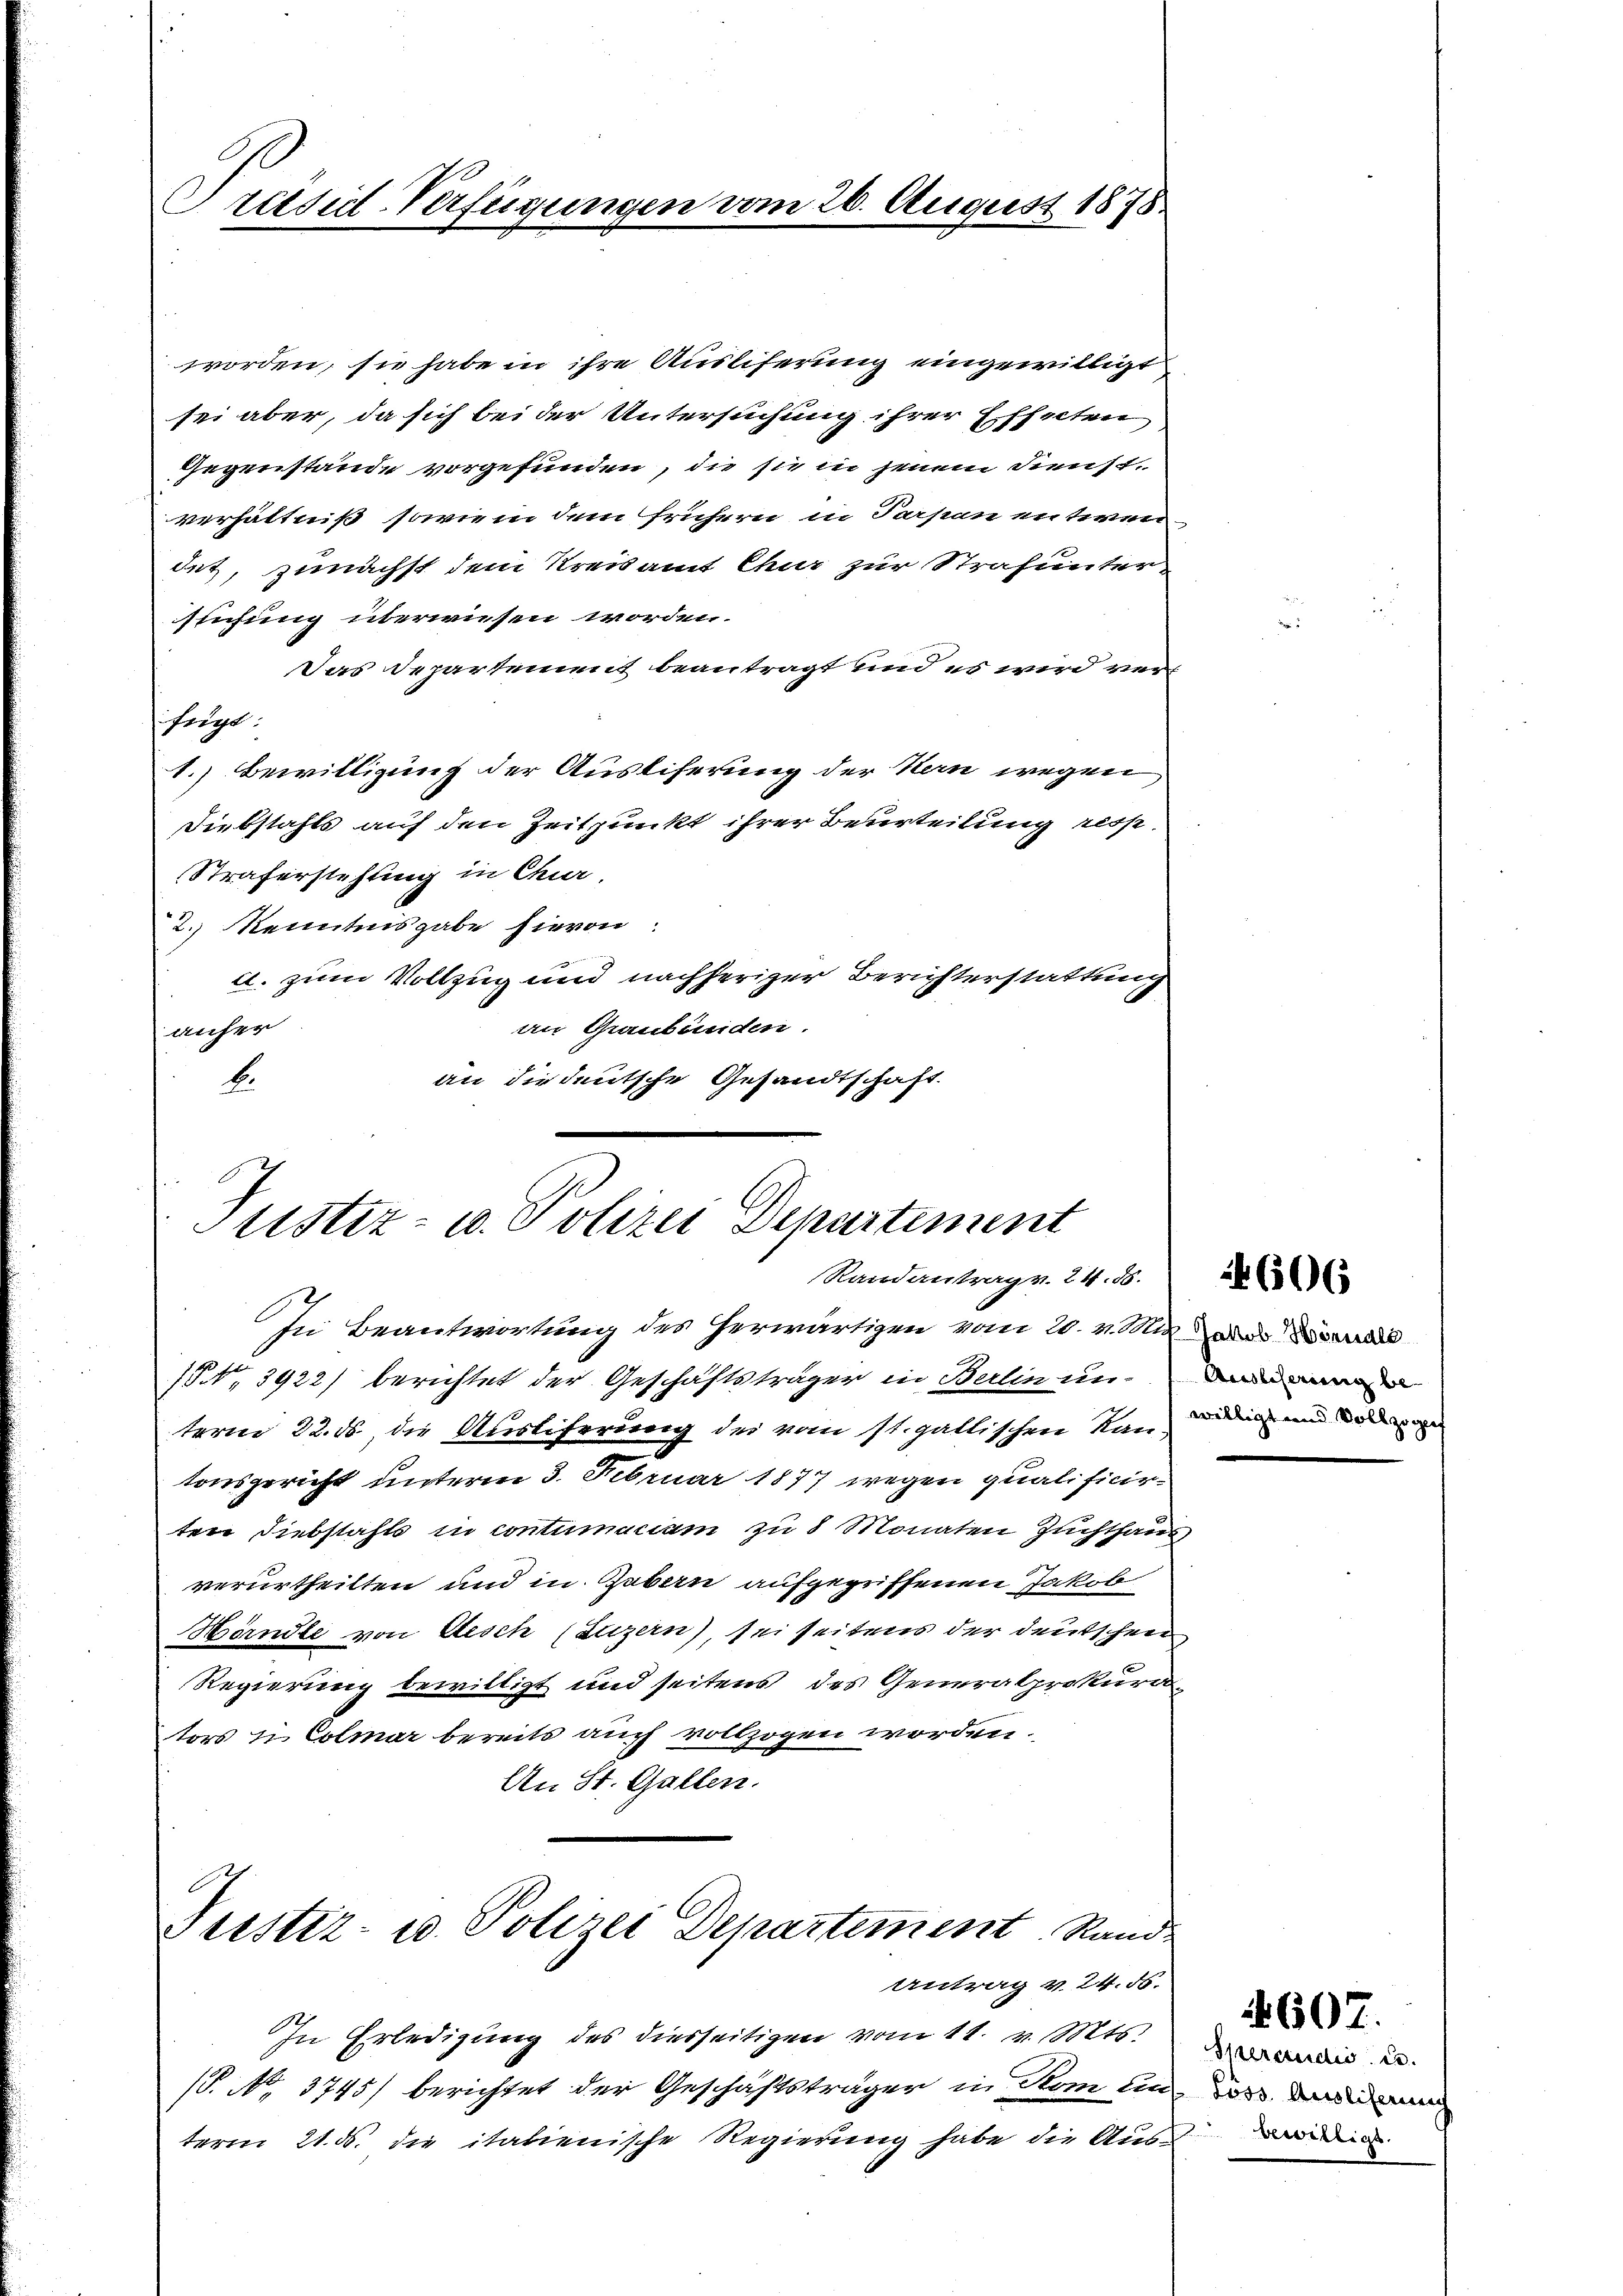
Präsid-Verfügungen vom 26. August 1878

worden, sie habe in ihre Auslieferung eingewilligt
sei aber, da sich bei der Untersuchung ihrer Effecten
Gegenstände vorgefunden, die sie in jenem Dienst,
verhältniß sowie in dem frühern in Parpan entwendet, zunächst dem Kreisamt Chur zur Strafunter
slichung überwiesen worden.
Das Departement beantragt und es wird verfügt:
1.) Bewilligung der Ausliferung der Kern wegen
Diebstahls auf den Zeitpunkt ihrer Beurteilung resp.
Straferstehung in Chur.
2.) Kenntnisgabe hievon
a. zum Vollzug und nachheriger Berichterstattung
an Graubünden.
anher
an die deutsche Gesandtschaft.
b.

Justiz- u. Polizei Departement
Randantrag v. 24. 86.

Zu Beantwortung des herwärtigen vom 20. v. Mir wi
1., 2922/ berichtet der Geschäftsträger in Berlin und
term 22. ds, die Austiferung des vom st. gallischen Randen und da war
tonsgericht unterm 3. Februar 1877 wegen qualificieten Diebstahls in contumaciam zu 8 Monaten Zuchthaus
verurtheilten und in Gabern aufgegriffenen Jakob
Härndte von Aesch (Luzern), sei seitens der deutschen
Regierung bewilligt und seitens des Generalprokurators u. Colmar bereits auch vollzogen worden.
An St. Gallen.

Tustiz- u. Polizei Departement Rand

In Erledigung des diesseitigen vom 11. v. Mts.
(P. No. 3745) berichtet der Geschäftsträger in Rom un
term 21. ds. die italienische Regierung habe die Ausde

Antrag v. 24. 86.

606

Sierendio i.
Löss Auslicherung

607.